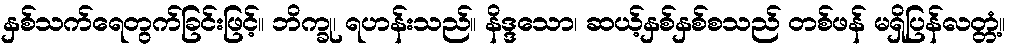
နှစ်သက်ရေတွက်ခြင်းဖြင့်။ ဘိက္ခု၊ ရဟန်းသည်။ နိဒ္ဒသော၊ ဆယ့်နှစ်နှစ်စသည် တစ်ဖန် မရှိပြန်လတ္တံ့။